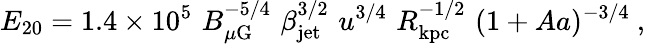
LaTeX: E_{20}=1.4\times 10^{5}\, \, B_{\mu\mathrm{G}}^{-5/4}\, \, \beta_{\mathrm{jet}}^{3/2}\, \, u^{3/4}\, \, R_{\mathrm{kpc}}^{-1/2}\, \, (1+Aa)^{-3/4}\ ,